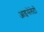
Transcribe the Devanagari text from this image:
आइसेलेटों